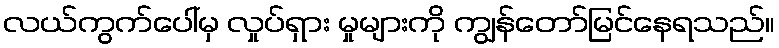
လယ်ကွက်ပေါ်မှ လှုပ်ရှား မှုများကို ကျွန်တော်မြင်နေရသည်။